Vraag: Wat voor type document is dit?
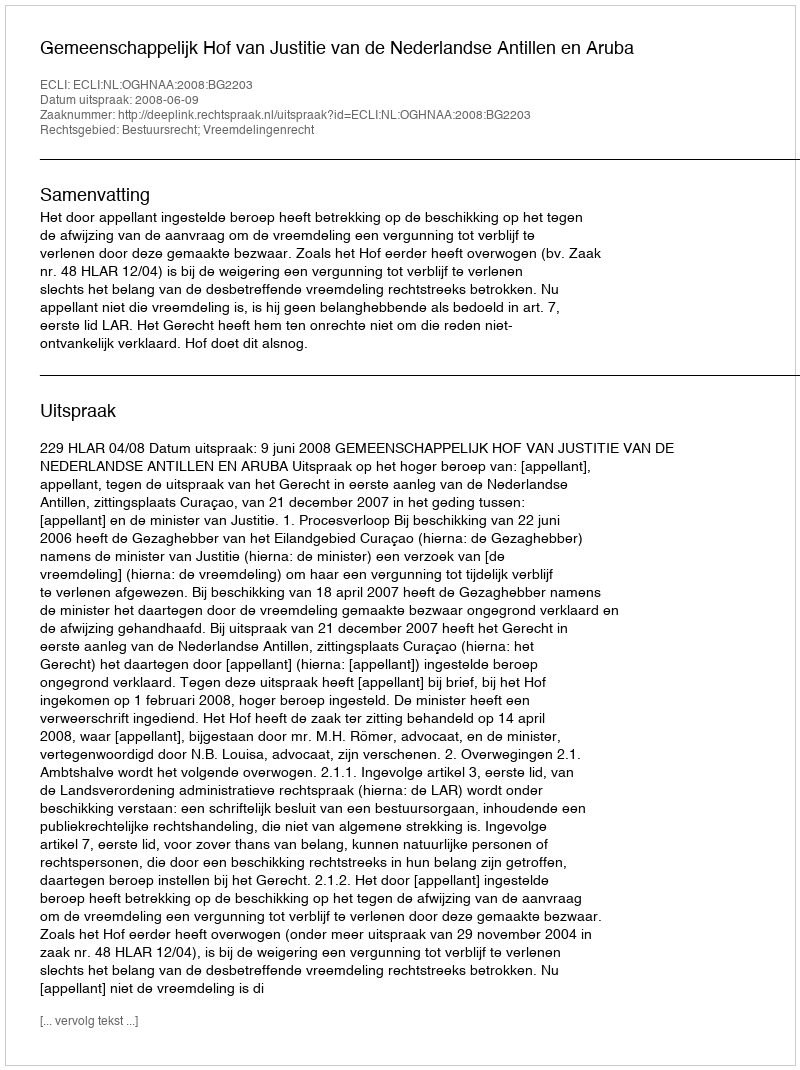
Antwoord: Uitspraak